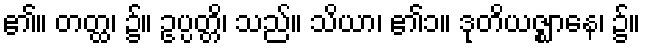
၏။ တတ္ထ၊ ၌။ ဥပ္ပတ္တိ၊ သည်။ သိယာ၊ ၏၁။ ဒုတိယဇ္ဈာနေ၊ ၌။